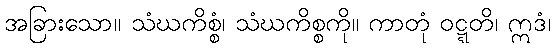
အခြားသော။ သံဃကိစ္စံ၊ သံဃကိစ္စကို။ ကာတုံ ဝဋ္ဋတိ၊ ဣဒံ၊